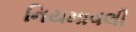
નિયમાવલી